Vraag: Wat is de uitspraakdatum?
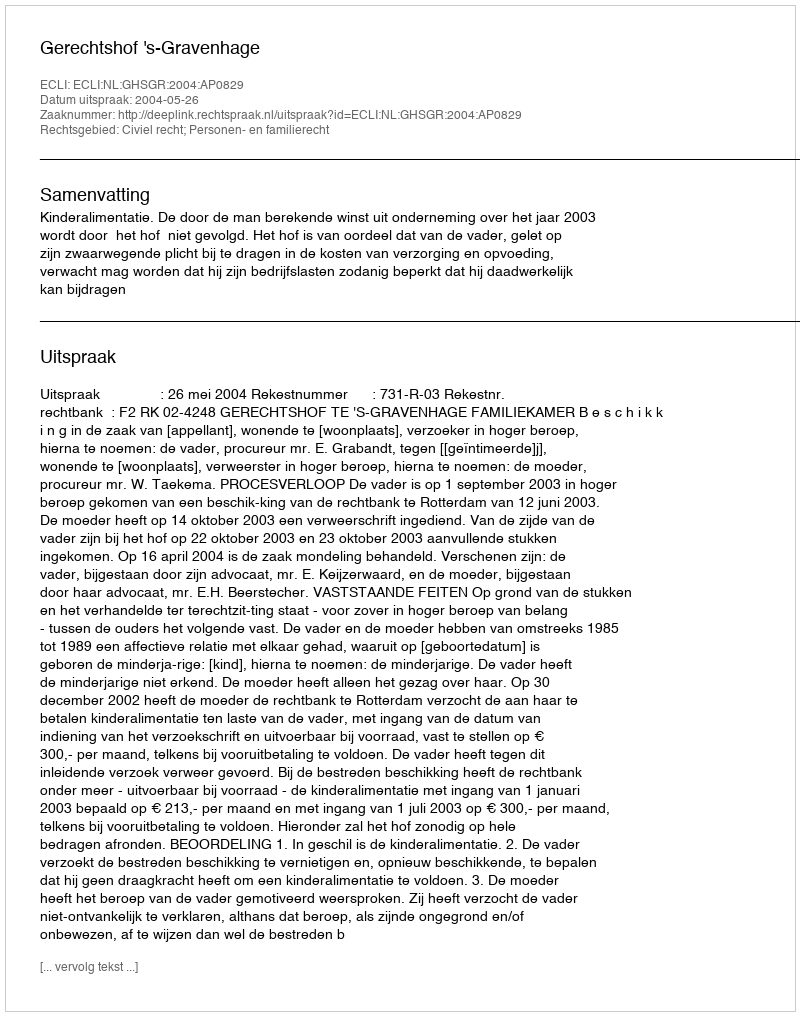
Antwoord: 2004-05-26